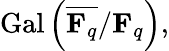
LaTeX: \operatorname{Gal}\left({\overline{{\mathbf{F}_{q}}}}/\mathbf{F}_{q}\right),